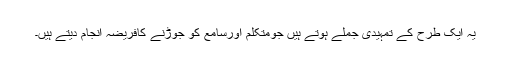
یہ ایک طرح کے تمہیدی جملے ہوتے ہیں جومتکلم اورسامع کو جوڑنے کافریضہ انجام دیتے ہیں۔